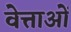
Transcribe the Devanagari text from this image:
वेत्ताओं